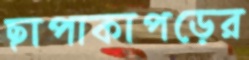
ছাপাকাপড়ের